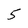
Character: 5